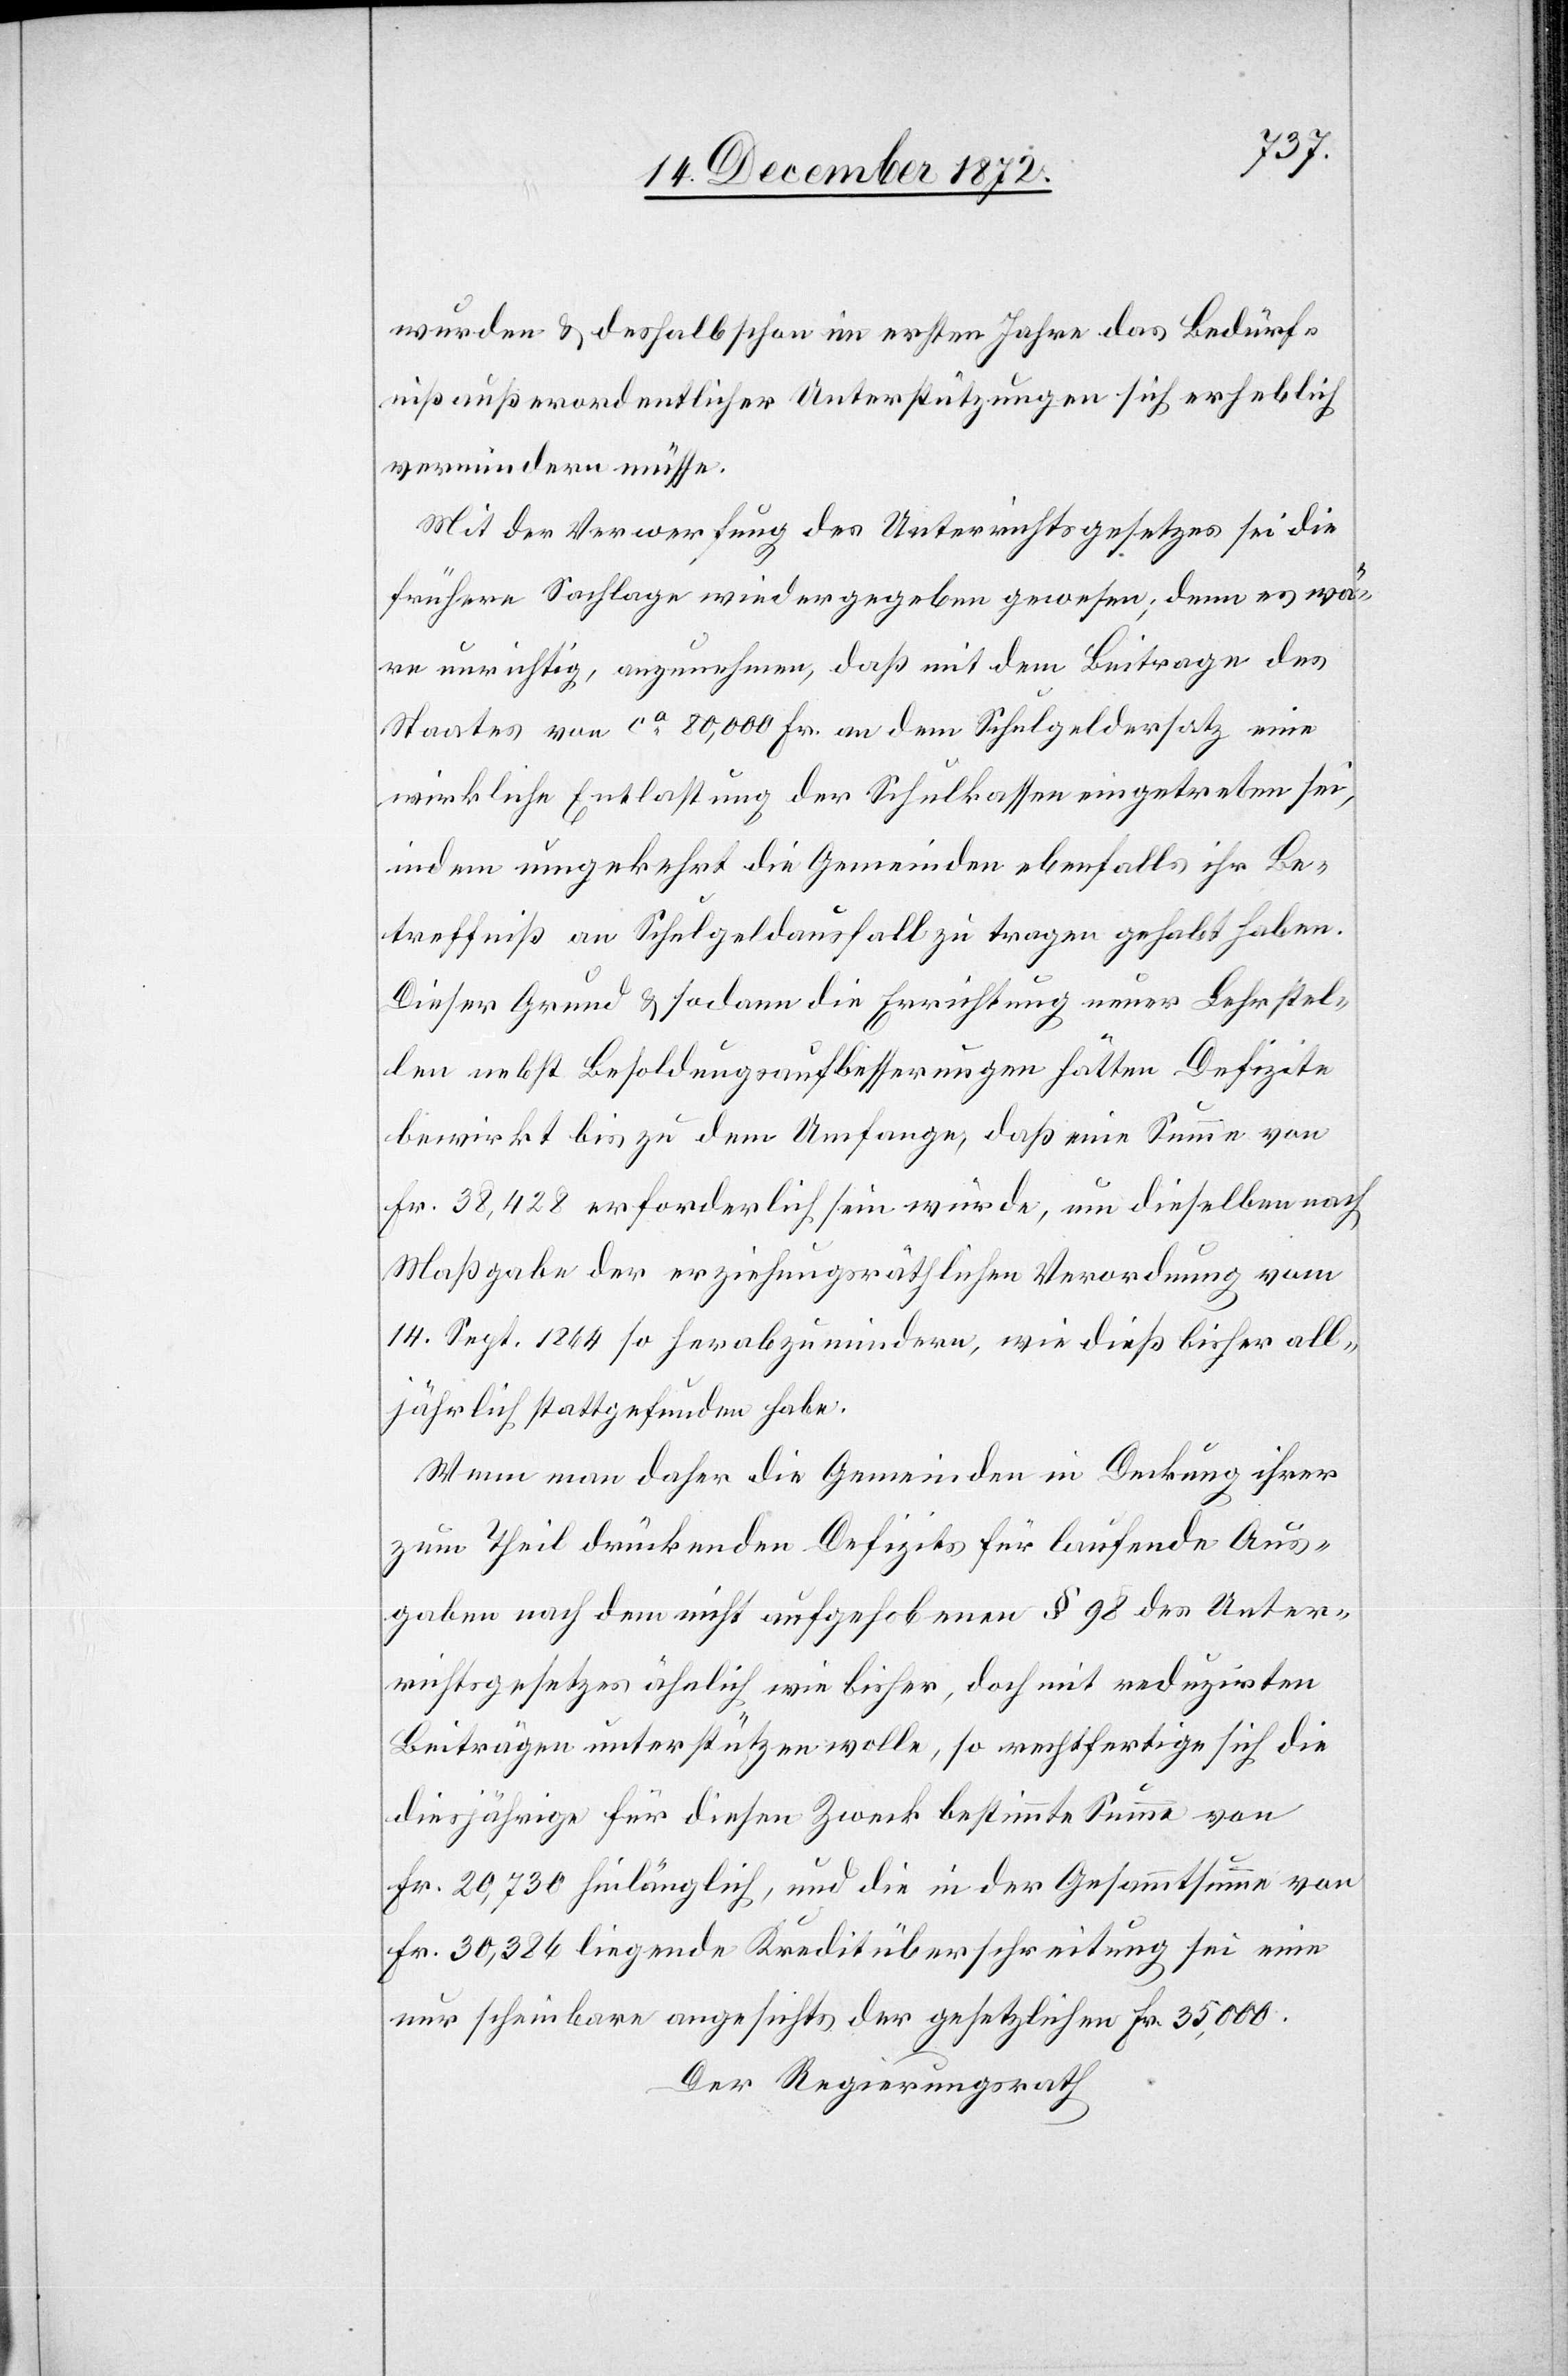
wurden u. deshalb schon im ersten Jahre das Bedürf¬
niß außerordentlicher Unterstützungen sich erheblich
vermindern müsse.
Mit der Verwerfung des Unterrichtsgesetzes sei die
frühere Sachlage wiedergegeben gewesen; denn es wä¬
re unrichtig, anzunehmen, daß mit dem Beitrage des
Staates von ca 80,000 Fr. an dem Schulgeldersatz eine
wirkliche Entlastung der Schulkassen eingetreten sei,
indem umgekehrt die Gemeinden ebenfalls ihr Be¬
treffniß an Schulgeldausfall zu tragen gehabt haben.
Dieser Grund u. sodann die Errichtung neuer Lehrstel¬
len nebst Besoldungsaufbesserungen hätten Defizite
bewirkt bis zu dem Umfange, daß eine Summe von
Fr. 38,428 erforderlich sein würde, um dieselben nach
Maßgabe der erziehungsräthlichen Verordnung vom
14. Sept. 1864 herabzumindern, wie dieß bisher all¬
jährlich stattgefunden habe.
Wenn man daher die Gemeinden in Deckung ihrer
zum Theil drückenden Defizits für laufende Aus¬
gaben nach dem nicht aufgehobenen § 98 des Unter¬
richtsgesetzes ähnlich wie bisher, doch mit reduzirten
Beiträgen unterstützen wolle, so rechtfertige sich die
diesjährige für diesen Zweck bestimmte Summe von
Fr. 29,730 hinlänglich, und die in der Gesammtsumme von
Fr. 30,386 liegende Kreditüberschreitung sei eine
nur scheinbare angesichts der gesetzlichen Fr. 35,000.
Der Regierungsrath